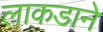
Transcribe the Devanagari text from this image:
लाकडाने